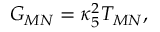
{ \cal G } _ { M N } = \kappa _ { 5 } ^ { 2 } T _ { M N } ,